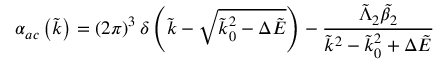
\alpha _ { a c } \left( \tilde { k } \right) = \left( 2 \pi \right) ^ { 3 } \delta \left( \tilde { k } - \sqrt { \tilde { k } _ { 0 } ^ { 2 } - \Delta \tilde { E } } \right) - \frac { \tilde { \Lambda } _ { 2 } \tilde { \beta } _ { 2 } } { \tilde { k } ^ { 2 } - \tilde { k } _ { 0 } ^ { 2 } + \Delta \tilde { E } }